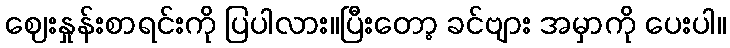
ဈေးနှုန်းစာရင်းကို ပြပါလား။ပြီးတော့ ခင်ဗျား အမှာကို ပေးပါ။